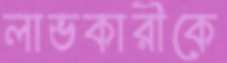
লাভকারীকে